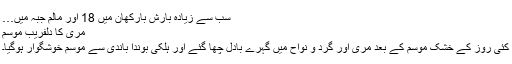
سب سے زیادہ بارش بارکھان ميں 18 اور مالم جبہ ميں…
مری کا دلفریب موسم
کئی روز کے خشک موسم کے بعد مری اور گرد و نواح میں گہرے بادل چھا گئے اور ہلکی بوندا باندی سے موسم خوشگوار ہوگیا۔